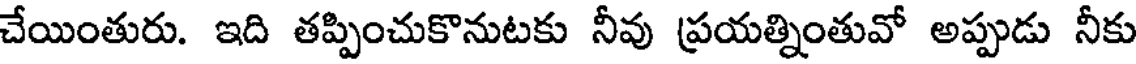
చేయింతురు. ఇది తప్పించుకొనుటకు నీవు ప్రయత్నింతువో అప్పుడు నీకు